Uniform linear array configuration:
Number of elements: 12
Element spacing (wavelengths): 0.75
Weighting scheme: cosine
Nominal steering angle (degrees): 30
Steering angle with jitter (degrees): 30.968
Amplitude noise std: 0.05
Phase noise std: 0.05

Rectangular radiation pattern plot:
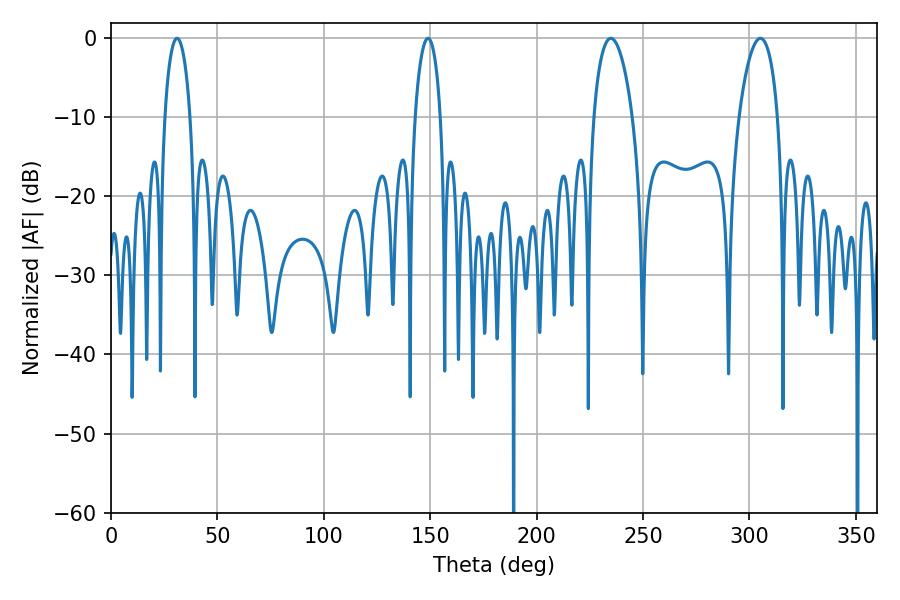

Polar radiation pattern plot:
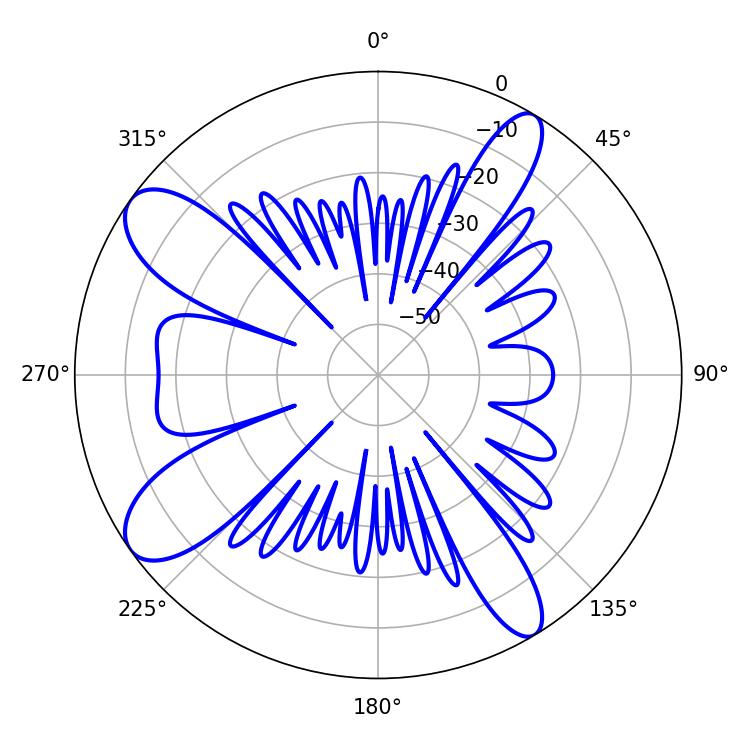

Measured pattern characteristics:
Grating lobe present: TRUE
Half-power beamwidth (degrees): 10.26
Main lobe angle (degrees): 234.9